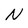
Character: N